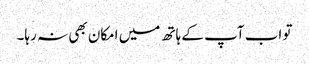
تو اب آپ کے ہاتھ میں امکان بھی نہ رہا۔